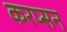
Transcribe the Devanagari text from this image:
करप्सन